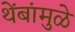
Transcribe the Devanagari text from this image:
थेंबांमुळे